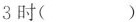
3时（）